Report on vaccination in Madras 1877-1894 - 1877-1894
Year: 1877
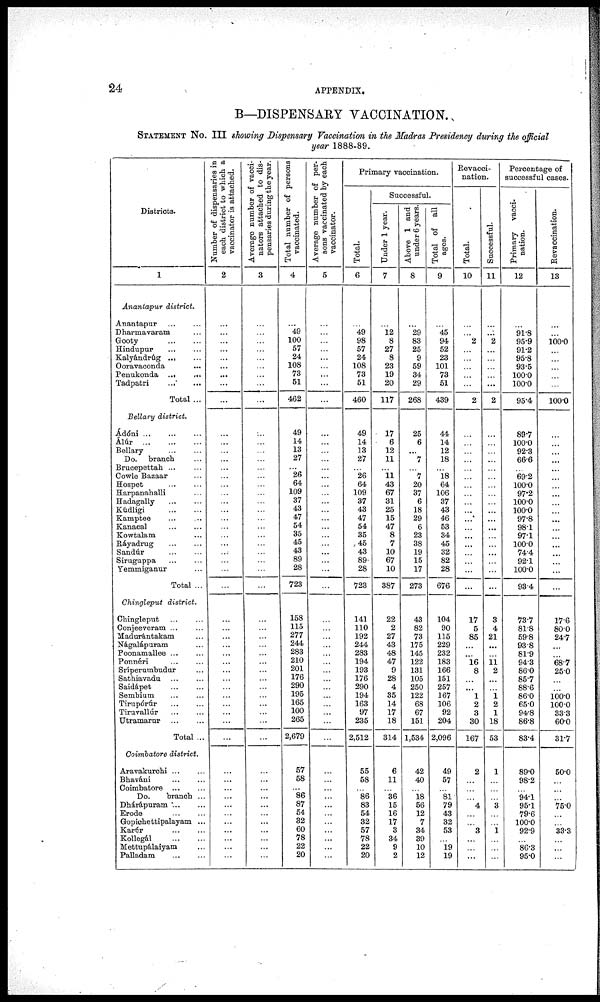
24
APPENDIX.
B—DISPENSARY VACCINATION.
STATEMENT No. III showing Dispensary Vaccination in the Madras Presidency during the official
year 1888-89.
Districts.
1
Anantapur district.
Anantapur ... ...
Dharmavaram ...
Gooty
...
...
Hindupur
...
...
Kalyándrúg ... ...
Ooravaconda ...
Penukonda ...
...
Tadpatri
... ...
Total ...
Bellary district.
Ádóni
...
...
...
Álúr
...
...
...
Bellary
...
...
Do. branch ...
Brucepettah ... ...
Cowle Bazaar ...
Hospet
...
...
Harpanahalli ...
Hadagally
...
...
Kúdligi
...
...
Kamptee
...
...
Kanacal
...
...
Kowtalam ...
Ráyadrug
...
...
Sandúr
...
...
Siruguppa
...
...
Yemmiganur ...
Total ...
Chingleput district.
Chingleput
...
...
Conjeeveram ... ...
Madurántakam ...
Nágalápuram ...
Poonamallee ... ...
Ponnéri
...
...
Sriperumbudur ...
Sathiavadu
...
...
Saidápet
...
...
Sembium
...
...
Tirupórúr ... ...
Tiruvallúr
...
...
Utramarur
...
...
Total ...
Coimbatore district.
Aravakurchi ... ...
Bhaváni
...
...
Coimbatore
...
...
Do.
branch ...
Dhárápuram ... ...
Erode
...
...
Gopichettipalayam ...
Karúr
...
...
Kollegál
...
...
Mettupálaiyam ...
Palladam
...
...
Number of dispensaries in
each district to which a
vaccinator is attached.
2
...
...
...
...
...
...
...
...
...
...
...
...
...
...
...
...
...
...
...
...
...
...
...
...
...
...
...
...
...
...
...
...
...
...
...
...
...
...
...
...
...
...
...
...
...
...
...
...
...
...
...
...
Average number of vacci-
nators attached to dis-
pensaries during the year.
3
...
...
...
...
...
...
...
...
...
...
...
...
...
...
...
...
...
...
...
...
...
...
...
...
...
...
...
...
...
...
...
...
...
...
...
...
...
...
...
...
...
...
...
...
...
...
...
...
...
...
...
...
Total number of persons
vaccinated.
4
...
49
100
57
24
108
73
51
462
49
14
13
27
...
26
64
109
37
43
47
54
35
45
43
89
28
723
158
115
277
244
283
210
201
176
290
195
165
100
265
2,679
57
58
...
86
87
54
32
60
78
22
20
Average number of per-
sons vaccinated by each
vaccinator.
5
...
...
...
...
...
...
...
...
...
...
...
...
...
...
...
...
...
...
...
...
...
...
...
...
...
...
...
...
...
...
...
...
...
...
...
...
...
...
...
...
...
...
...
...
...
...
...
...
...
...
...
...
Primary vaccination.
Total.
6
...
49
98
57
24
108
73
51
460
49
14
13
27
...
26
64
109
37
43
47
54
35
45
43
89
28
723
141
110
192
244
283
194
193
176
290
194
163
97
235
2,512
55
58
...
86
83
54
32
57
78
22
20
Successful.
Under 1 year.
7
...
12
8
27
8
23
19
20
117
17
6
12
11
...
11
43
67
31
25
15
47
8
7
10
67
10
387
22
2
27
43
48
47
9
28
4
35
14
17
18
314
6
11
...
36
15
16
17
3
34
9
2
Above 1 and
under 6 years.
8
...
29
83
25
9
59
34
29
268
25
6
...
7
...
7
20
37
6
18
29
6
23
38
19
15
17
273
43
82
73
175
145
122
131
105
250
122
68
67
151
1,534
42
40
...
18
56
12
7
34
39
10
12
Total of all
ages.
9
...
45
94
52
23
101
73
51
439
44
14
12
18
...
18
64
106
37
43
46
53
34
45
32
82
28
676
104
90
115
229
232
183
166
151
257
167
106
92
204
2,096
49
57
...
81
79
43
32
53
...
19
19
Revacci¬
nation.
Total.
10
...
...
2
...
...
...
...
...
2
...
...
...
...
...
...
...
...
...
...
...
...
...
...
...
...
...
...
17
5
85
...
...
16
8
...
...
1
2
3
30
167
2
...
...
...
4
...
...
3
...
...
...
Successful.
11
...
...
2
...
...
...
...
...
2
...
...
...
...
...
...
...
...
...
...
...
...
...
...
...
...
...
...
3
4
21
...
...
11 2
...
...
1 2
1
18
53
1
...
...
...
3
...
...
1
...
...
...
Percentage of
successful cases.
Primary vacci-
nation.
12
...
91.8
95.9
91.2
95.8
93.5
100.0
100.0
95.4
89.7
100.0
92.3
66.6
...
69.2
100.0
97.2
100.0
100.0
97.8
98.1
97.1
100.0
74.4
92.1
100.0
93.4
73.7
81.8
59.8
93.8
81.9
94.3
86.0
85.7
88.6
86.0
65.0
94.8
86.8
83.4
89.0
98.2
...
94.1
95.1
79.6
100.0
92.9
...
86.3
95.0
Revaccination.
13
...
...
100.0
...
...
...
...
...
100.0
...
...
...
...
...
...
...
...
...
...
...
...
...
...
...
...
...
...
17.6
80.0
24.7
...
...
68.7
25.0
...
...
100.0
100.0
33.3
60.0
31.7
50.0
...
...
...
75.0
...
...
33.3
...
...
...